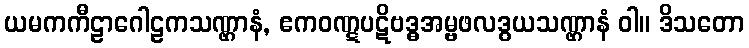
ယမကကီဠာဂေါဠကသဏ္ဌာနံ, ဧကဝဏ္ဋပဋိဗဒ္ဓအမ္ဗဖလဒွယသဏ္ဌာနံ ဝါ။ ဒိသတော